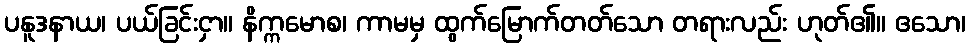
ပနူဒနာယ၊ ပယ်ခြင်းငှာ။ နိက္ကမောစ၊ ကာမမှ ထွက်မြောက်တတ်သော တရားလည်း ဟုတ်၏။ ဧသော၊